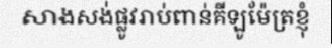
សាងសង់ផ្លូវរាប់ពាន់គីឡូម៉ែត្រខ្ញុំ